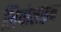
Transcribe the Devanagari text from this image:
लियोलाइन